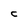
Character: C